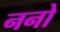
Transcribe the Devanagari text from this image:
ननो